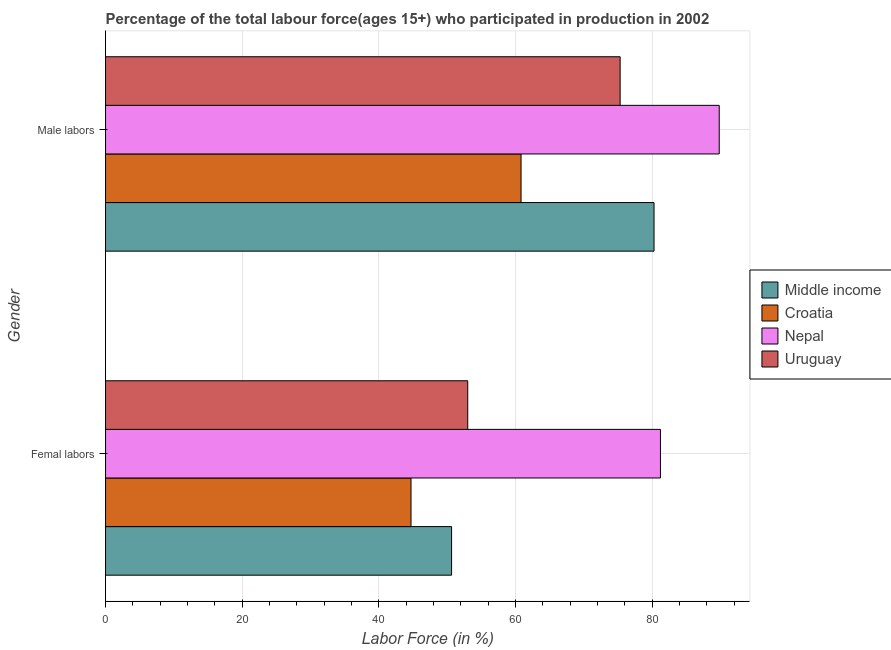
| Gender | Middle income | Croatia | Nepal | Uruguay |
 | --- | --- | --- | --- | --- |
 | Femal labors | 50.6 | 44.7 | 81.2 | 53 |
 | Male labors | 80.3 | 60.8 | 89.8 | 75.3 |